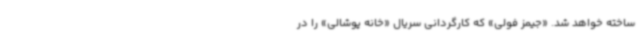
ساخته خواهد شد. «جیمز فولی» که کارگردانی سریال «خانه پوشالی» را در